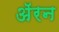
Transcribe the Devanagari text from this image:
अॅरन